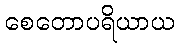
စေတောပရိယာယ